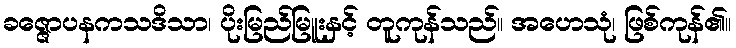
ခဇ္ဇောပနကသဒိသာ၊ ပိုးမြည်မြူးနှင့် တူကုန်သည်။ အဟေသုံ၊ ဖြစ်ကုန်၏။